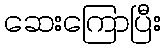
ဆေးကြောပြီး